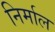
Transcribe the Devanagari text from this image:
निर्माल